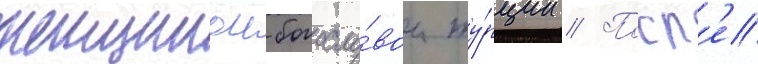
женщинои-богосло́вом ту́рции // Посл'е